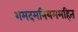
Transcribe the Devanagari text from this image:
शमदमनियममहित